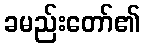
ခမည်းတော်၏